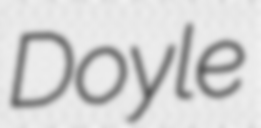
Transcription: Doyle